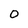
Character: 0